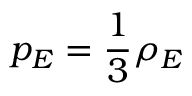
p _ { E } = \frac { 1 } { 3 } \rho _ { E }